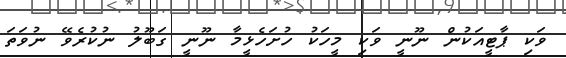
ވަކި ޕާޓީއަކުން ނޫނީ ވަކި މީހަކު ހުށަހެޅީމާ ނޫނީ ގަބޫލު ނުކުރެވޭ ނުވަތަ